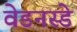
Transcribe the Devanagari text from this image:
वेडनस्डे